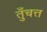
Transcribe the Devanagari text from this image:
तुँचत्त